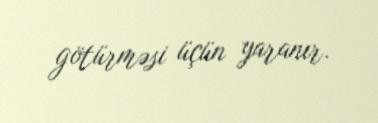
götürməsi üçün yaranır.